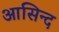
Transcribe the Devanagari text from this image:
आसिन्‍द